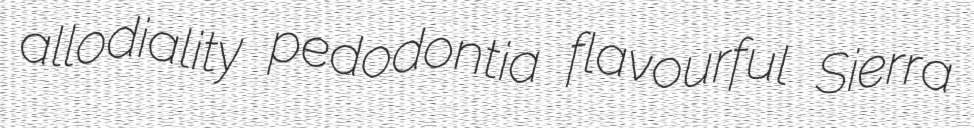
allodiality pedodontia flavourful Sierra